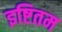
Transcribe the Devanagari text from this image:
इष्टितम